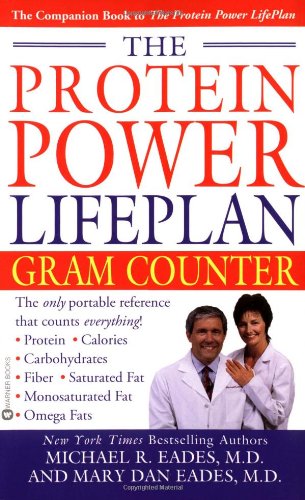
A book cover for The Protein Power Lifeplan Gram Counter; M.D. Michael R. Eades; Health, Fitness & Dieting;